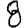
Digit: 8